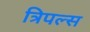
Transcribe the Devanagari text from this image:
त्रिपल्स